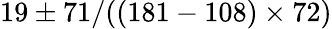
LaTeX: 19\pm 71/((181-108)\times 72)